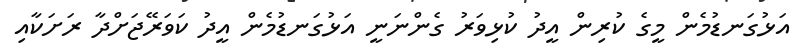
އަޅުގަނޑުމެން މީގެ ކުރިން އީދު ކުޅިވަރު ގެންނަނީ އަޅުގަނޑުމެން އީދު ކަވަރޭޖަށްދާ ރަށަކާއި